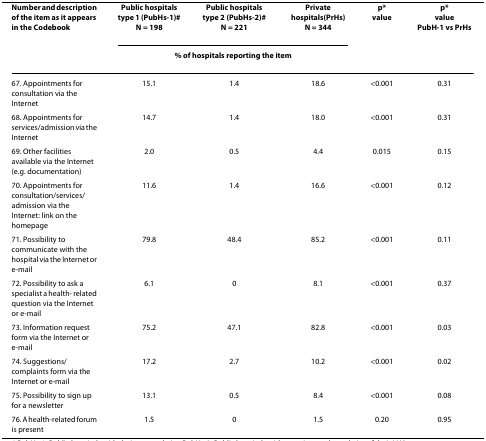
<table><thead><tr><td><b>Number and description of the item as it appears in the Codebook</b></td><td><b>Public hospitals type 1 (PubHs-1)#N = 198</b></td><td><b>Public hospitals type 2 (PubHs-2)#N = 221</b></td><td><b>Private hospitals(PrHs)N = 344</b></td><td><b>p*value</b></td><td><b>p*valuePubH-1 vs PrHs</b></td></tr><tr><td></td><td colspan="3"><b>% of hospitals reporting the item</b></td><td></td><td></td></tr></thead><tbody><tr><td>67. Appointments for consultation via the Internet</td><td>15.1</td><td>1.4</td><td>18.6</td><td>&lt;0.001</td><td>0.31</td></tr><tr><td>68. Appointments for services/admission via the Internet</td><td>14.7</td><td>1.4</td><td>18.0</td><td>&lt;0.001</td><td>0.31</td></tr><tr><td>69. Other facilities available via the Internet (e.g. documentation)</td><td>2.0</td><td>0.5</td><td>4.4</td><td>0.015</td><td>0.15</td></tr><tr><td>70. Appointments for consultation/services/admission via the Internet: link on the homepage</td><td>11.6</td><td>1.4</td><td>16.6</td><td>&lt;0.001</td><td>0.12</td></tr><tr><td>71. Possibility to communicate with the hospital via the Internet or e-mail</td><td>79.8</td><td>48.4</td><td>85.2</td><td>&lt;0.001</td><td>0.11</td></tr><tr><td>72. Possibility to ask a specialist a health- related question via the Internet or e-mail</td><td>6.1</td><td>0</td><td>8.1</td><td>&lt;0.001</td><td>0.37</td></tr><tr><td>73. Information request form via the Internet or e-mail</td><td>75.2</td><td>47.1</td><td>82.8</td><td>&lt;0.001</td><td>0.03</td></tr><tr><td>74. Suggestions/complaints form via the Internet or e-mail</td><td>17.2</td><td>2.7</td><td>10.2</td><td>&lt;0.001</td><td>0.02</td></tr><tr><td>75. Possibility to sign up for a newsletter</td><td>13.1</td><td>0.5</td><td>8.4</td><td>&lt;0.001</td><td>0.08</td></tr><tr><td>76. A health-related forum is present</td><td>1.5</td><td>0</td><td>1.5</td><td>0.20</td><td>0.95</td></tr></tbody></table>